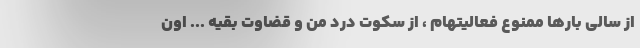
از سالى بارها ممنوع فعالیتهام ، از سکوت درد من و قضاوت بقیه ... اون